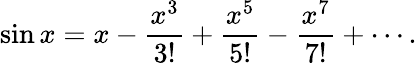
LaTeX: \sin x=x-{\frac{x^{3}}{3!}}+{\frac{x^{5}}{5!}}-{\frac{x^{7}}{7!}}+\cdots.